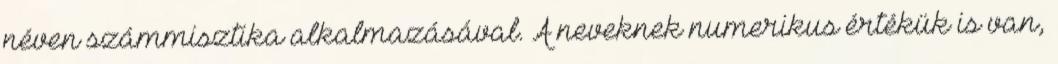
néven számmisztika alkalmazásával. A neveknek numerikus értékük is van,